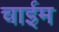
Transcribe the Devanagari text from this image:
चाईम